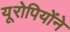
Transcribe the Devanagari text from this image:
यूरोपियोंने